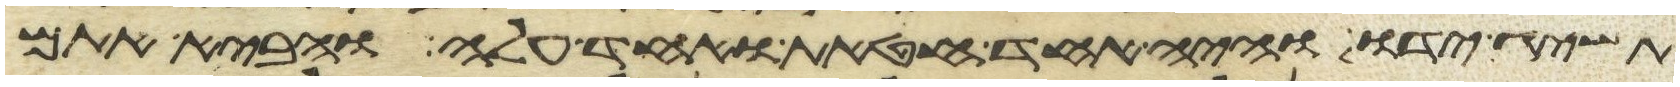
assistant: תשיג ידו והיה אחד חטאת ואחד עלה והביא אתם